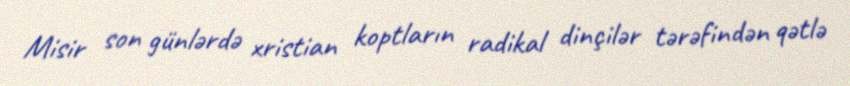
Misir son günlərdə xristian koptların radikal dinçilər tərəfindən qətlə